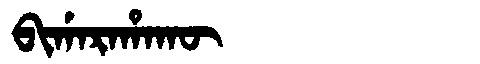
Manchu: ᠪᡳᡤᠠᡵᠠᡥᠠᡴᡡ
Romanization: BIGARAHAKŪ